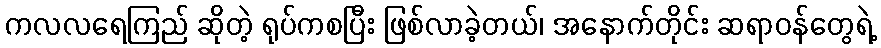
ကလလရေကြည် ဆိုတဲ့ ရုပ်ကစပြီး ဖြစ်လာခဲ့တယ်၊ အနောက်တိုင်း ဆရာဝန်တွေရဲ့